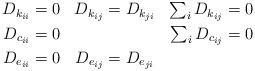
LaTeX: \begin{align*}\begin{aligned}D_{k_{ii}} & = 0& D_{k_{ij}} & = D_{k_{ji}}& \textstyle\sum_i D_{k_{ij}} & = 0\\D_{c_{ii}} & = 0 & & & \textstyle\sum_i D_{c_{ij}} & = 0\\D_{e_{ii}} & = 0 & D_{e_{ij}} & = D_{e_{ji}} & &\end{aligned}\end{align*}